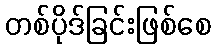
တစ်ပိုဒ်ခြင်းဖြစ်စေ